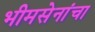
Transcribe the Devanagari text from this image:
भीमसेनांचा